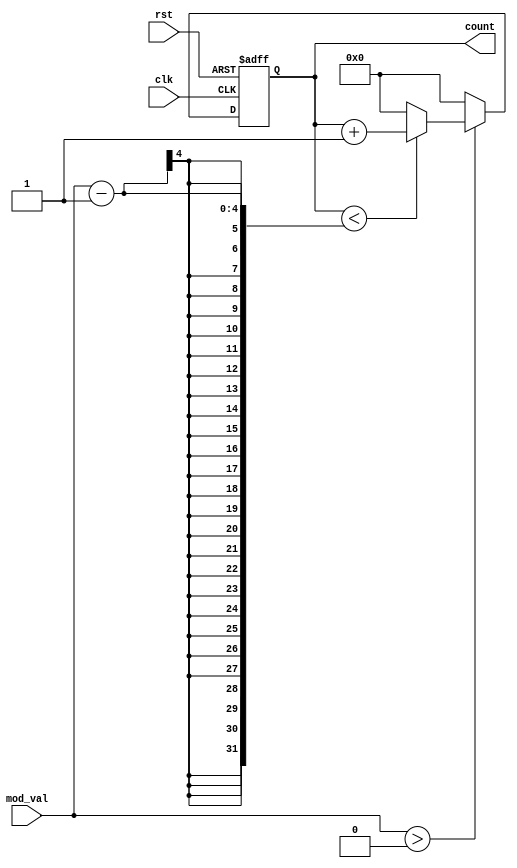
module modulus_counter (
    input wire clk,            // Clock signal
    input wire rst,            // Asynchronous active-high reset
    input wire [3:0] mod_val,  // Programmable modulus value (up to 15)
    output reg [3:0] count     // Current count value
);

// Counter logic
always @(posedge clk or posedge rst) begin
    if (rst) begin
        count <= 4'b0000;      // Reset count to 0
    end else if (mod_val > 0) begin
        if (count < (mod_val - 1)) begin
            count <= count + 1; // Increment count
        end else begin
            count <= 4'b0000;    // Wrap around to 0
        end
    end else begin
        count <= 4'b0000;        // If mod_val is 0, reset count to 0
    end
end

endmodule